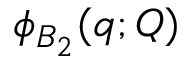
\phi _ { B _ { 2 } } ( \boldsymbol { q } ; \boldsymbol { Q } )